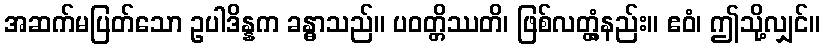
အဆက်မပြတ်သော ဥပါဒိန္နက ခန္ဓာသည်။ ပဝတ္တိဿတိ၊ ဖြစ်လတ္တံ့နည်း။ ဧဝံ၊ ဤသို့လျှင်။